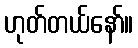
ဟုတ်တယ်နော်။